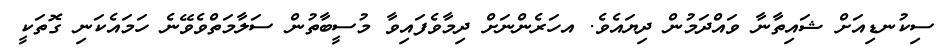
ސިކުނޑިއަށް ޝައިތާނާ ވައްދަމުން ދިޔައެވެ. އހަރެންނަށް ދިމާވެފައިވާ މުސީބާތުން ސަލާމަތްވެވޭނެ ހަމައެކަނި ގޮތަކީ